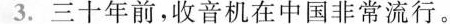
3.三十年前,收音机在中国非常流行。